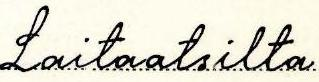
Laitaatsilta